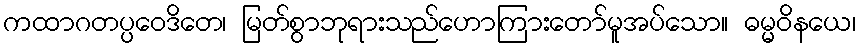
ကထာဂတပ္ပဝေဒိတေ၊ မြတ်စွာဘုရားသည်ဟောကြားတော်မူအပ်သော။ ဓမ္မဝိနယေ၊